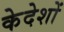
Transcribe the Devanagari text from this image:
केदेशों